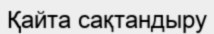
Қайта сақтандыру